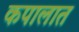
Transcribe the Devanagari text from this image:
कपालात